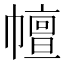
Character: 𢅒